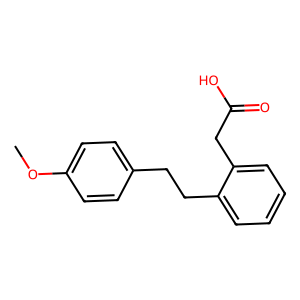
SMILES: COc1ccc(CCc2ccccc2CC(=O)O)cc1
Inhibits HIV replication: No